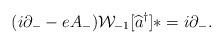
LaTeX: \begin{align*}(i \partial_{-} - eA_{-}) {\cal W}_{-1}[\widehat{a}^{\dag}]\ast = i \partial_{-}.\end{align*}